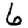
Digit: 6